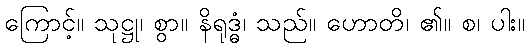
ကြောင့်။ သုဋ္ဌု၊ စွာ။ နိရုဒ္ဓံ၊ သည်။ ဟောတိ၊ ၏။ စ၊ ပါး။